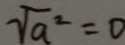
\sqrt { a ^ { 2 } } = 0